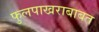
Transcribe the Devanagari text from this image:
फुलपाखराबाबत